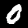
Label: 0